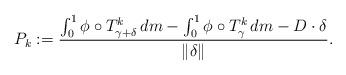
LaTeX: \begin{align*}P_k := \frac{ \int_0^1 \phi \circ T^k_{\gamma + \delta} \, dm - \int_0^1 \phi \circ T^k_\gamma \, dm - D \cdot \delta}{ \Vert \delta \Vert }.\end{align*}